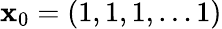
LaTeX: {\mathbf x}_{0}=(1,1,1,\dots 1)